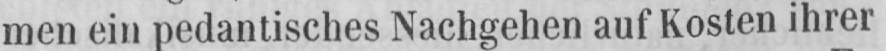
men ein pedantisches Nachgehen auf Kosten ihrer